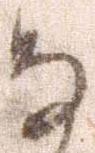
な